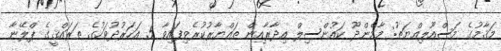
މަޤާމުގެ މަސްއޫލިއްޔަތު: މާމެންދޫ ކައުންސިލް އިދާރާއިން ތައްޔާރުކުރެވިފައިވާ 5 އަހަރުދުވަހުގެ ތަރައްޤީގެ ޕްލޭނާ